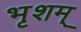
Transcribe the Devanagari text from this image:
भृशम्‌